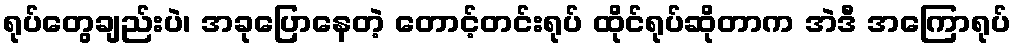
ရုပ်တွေချည်းပဲ၊ အခုပြောနေတဲ့ တောင့်တင်းရုပ် ထိုင်ရုပ်ဆိုတာက အဲဒီ အကြောရုပ်